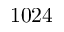
1 0 2 4